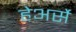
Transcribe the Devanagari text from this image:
हेअर्से